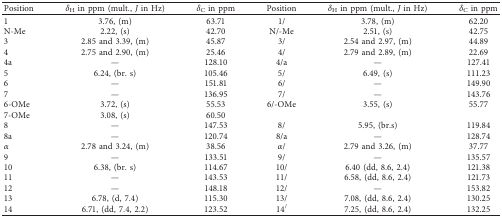
| Position | δH in ppm (mult., J in Hz) | δC in ppm | Position | δH in ppm (mult., J in Hz) | δC in ppm |
 | --- | --- | --- | --- | --- | --- |
 | 1 | 3.76, (m) | 63.71 | 1/ | 3.78, (m) | 62.20 |
 | N-Me | 2.22, (s) | 42.70 | N/-Me | 2.51, (s) | 42.75 |
 | 3 | 2.85 and 3.39, (m) | 45.87 | 3/ | 2.54 and 2.97, (m) | 44.89 |
 | 4 | 2.75 and 2.90, (m) | 25.46 | 4/ | 2.79 and 2.89, (m) | 22.69 |
 | 4a | — | 128.10 | 4/a | — | 127.41 |
 | 5 | 6.24, (br. s) | 105.46 | 5/ | 6.49, (s) | 111.23 |
 | 6 | — | 151.81 | 6/ | — | 149.90 |
 | 7 | — | 136.95 | 7/ | — | 143.76 |
 | 6-OMe | 3.72, (s) | 55.53 | 6/-OMe | 3.55, (s) | 55.77 |
 | 7-OMe | 3.08, (s) | 60.50 |  |  |  |
 | 8 | — | 147.53 | 8/ | 5.95, (br.s) | 119.84 |
 | 8a | — | 120.74 | 8/a | — | 128.74 |
 | α | 2.78 and 3.24, (m) | 38.56 | α/ | 2.79 and 3.26, (m) | 37.77 |
 | 9 | — | 133.51 | 9/ | — | 135.57 |
 | 10 | 6.38, (br. s) | 114.67 | 10/ | 6.40 (dd, 8.6, 2.4) | 121.38 |
 | 11 | — | 143.53 | 11/ | 6.58, (dd, 8.6, 2.4) | 121.73 |
 | 12 | — | 148.18 | 12/ | — | 153.82 |
 | 13 | 6.78, (d, 7.4) | 115.30 | 13/ | 7.08, (dd, 8.6, 2.4) | 130.25 |
 | 14 | 6.71, (dd, 7.4, 2.2) | 123.52 | 14/ | 7.25, (dd, 8.6, 2.4) | 132.25 |